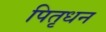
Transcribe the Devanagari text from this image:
पितृधन